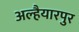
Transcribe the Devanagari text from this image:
अल्हैयारपुर